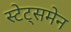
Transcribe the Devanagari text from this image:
स्‍टेट्समेन